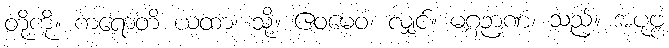
တို့ကို။ ကရောတိ ယထာ၊ သို့။ ဧဝမေဝံ၊ လျှင်။ မဂ္ဂဉာဏံ၊ သည်။ အပုဗ္ဗံ